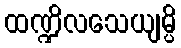
ထဏ္ဍိလသေယျမ္ပိ